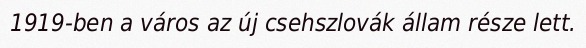
1919-ben a város az új csehszlovák állam része lett.